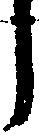
う